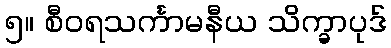
၅။ စီဝရသင်္ကာမနီယ သိက္ခာပုဒ်